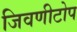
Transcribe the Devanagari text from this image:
जिवणीटोप